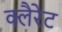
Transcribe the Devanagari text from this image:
क्लैरेट